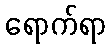
ရောက်ရာ